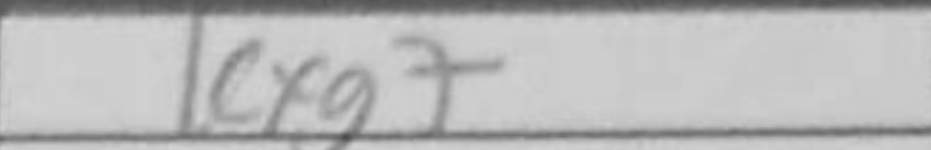
Transcription: Kxg7